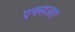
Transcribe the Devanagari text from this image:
एक्सआर